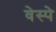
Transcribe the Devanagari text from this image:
वेस्पे